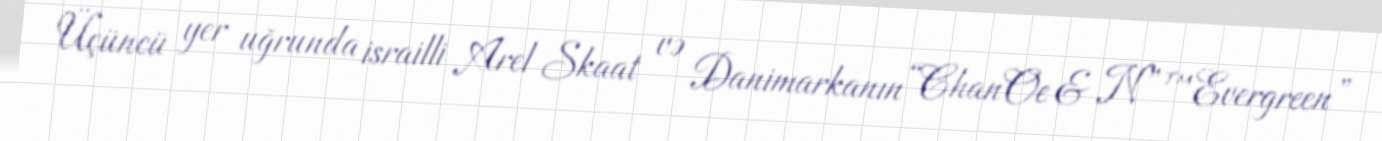
Üçüncü yer uğrunda israilli Arel Skaat və Danimarkanın “ChanOe & N”™Evergreen”